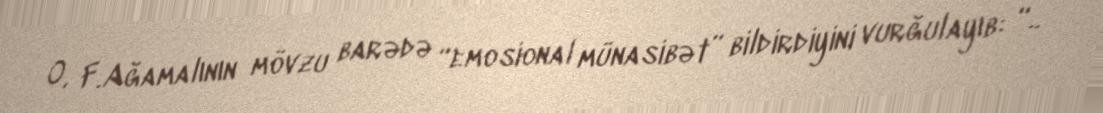
O, F.Ağamalının mövzu barədə “emosional münasibət” bildirdiyini vurğulayıb: “..